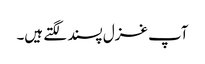
آپ غزل پسند لگتے ہیں۔